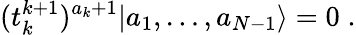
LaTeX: (t_{k}^{k+1})^{a_{k}+1}|a_{1},\ldots,a_{N-1}\rangle=0\; .